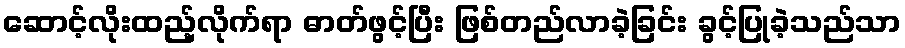
ဆောင့်လိုးထည့်လိုက်ရာ ဓာတ်ဖွင့်ပြီး ဖြစ်တည်လာခဲ့ခြင်း ခွင့်ပြုခဲ့သည်သာ